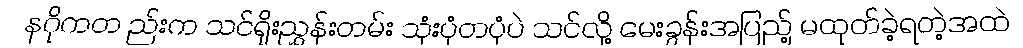
နဂိုကတ ည်းက သင်ရိုးညွှန်းတမ်း သုံးပုံတပုံပဲ သင်လို့ မေးခွန်းအပြည့် မထုတ်ခဲ့ရတဲ့အထဲ